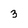
Character: 3